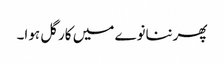
پھرننانوے میں کارگل ہوا۔